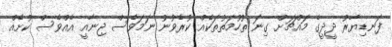
ފަނޑިޔާރު ދީދީގެ މައްޗަށް ގިނަ ތުހުމަތުތަކެއް ކުރެވުނު ނަމަވެސް ޖިނާއީ އެއްވެސް ކުށެއް